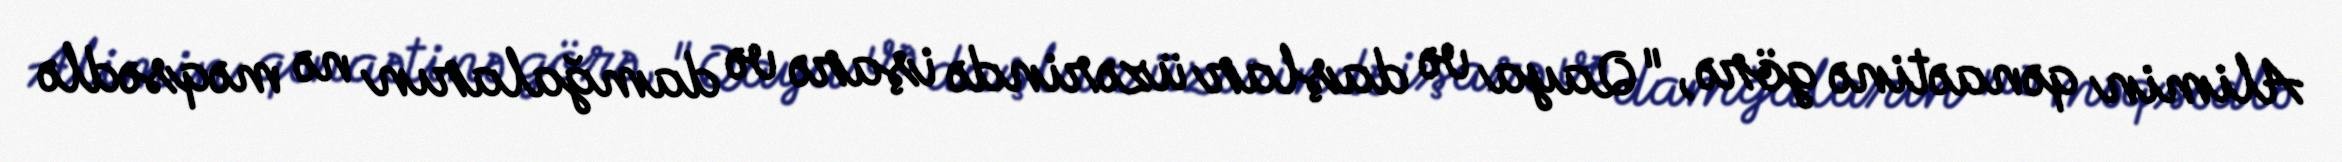
Alimin qənaətinə görə, "Qaya və daşlar üzərində işarə və damğaların nə məqsədlə